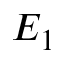
E _ { 1 }